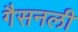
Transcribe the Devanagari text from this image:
गैसनली